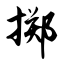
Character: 掷